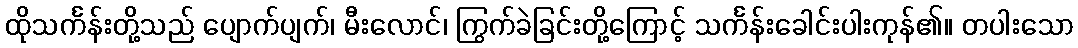
ထိုသင်္ကန်းတို့သည် ပျောက်ပျက်၊ မီးလောင်၊ ကြွက်ခဲခြင်းတို့ကြောင့် သင်္ကန်းခေါင်းပါးကုန်၏။ တပါးသော